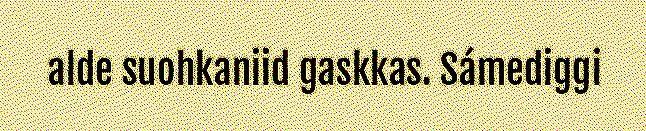
alde suohkaniid gaskkas. Sámediggi